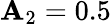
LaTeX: \mathbf{A}_{2}=0.5